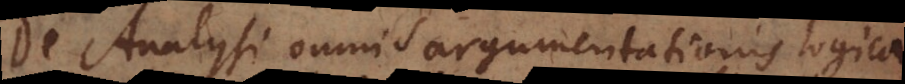
De Analysi omnis argumentationis logica